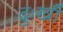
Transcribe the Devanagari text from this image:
दुःखीं